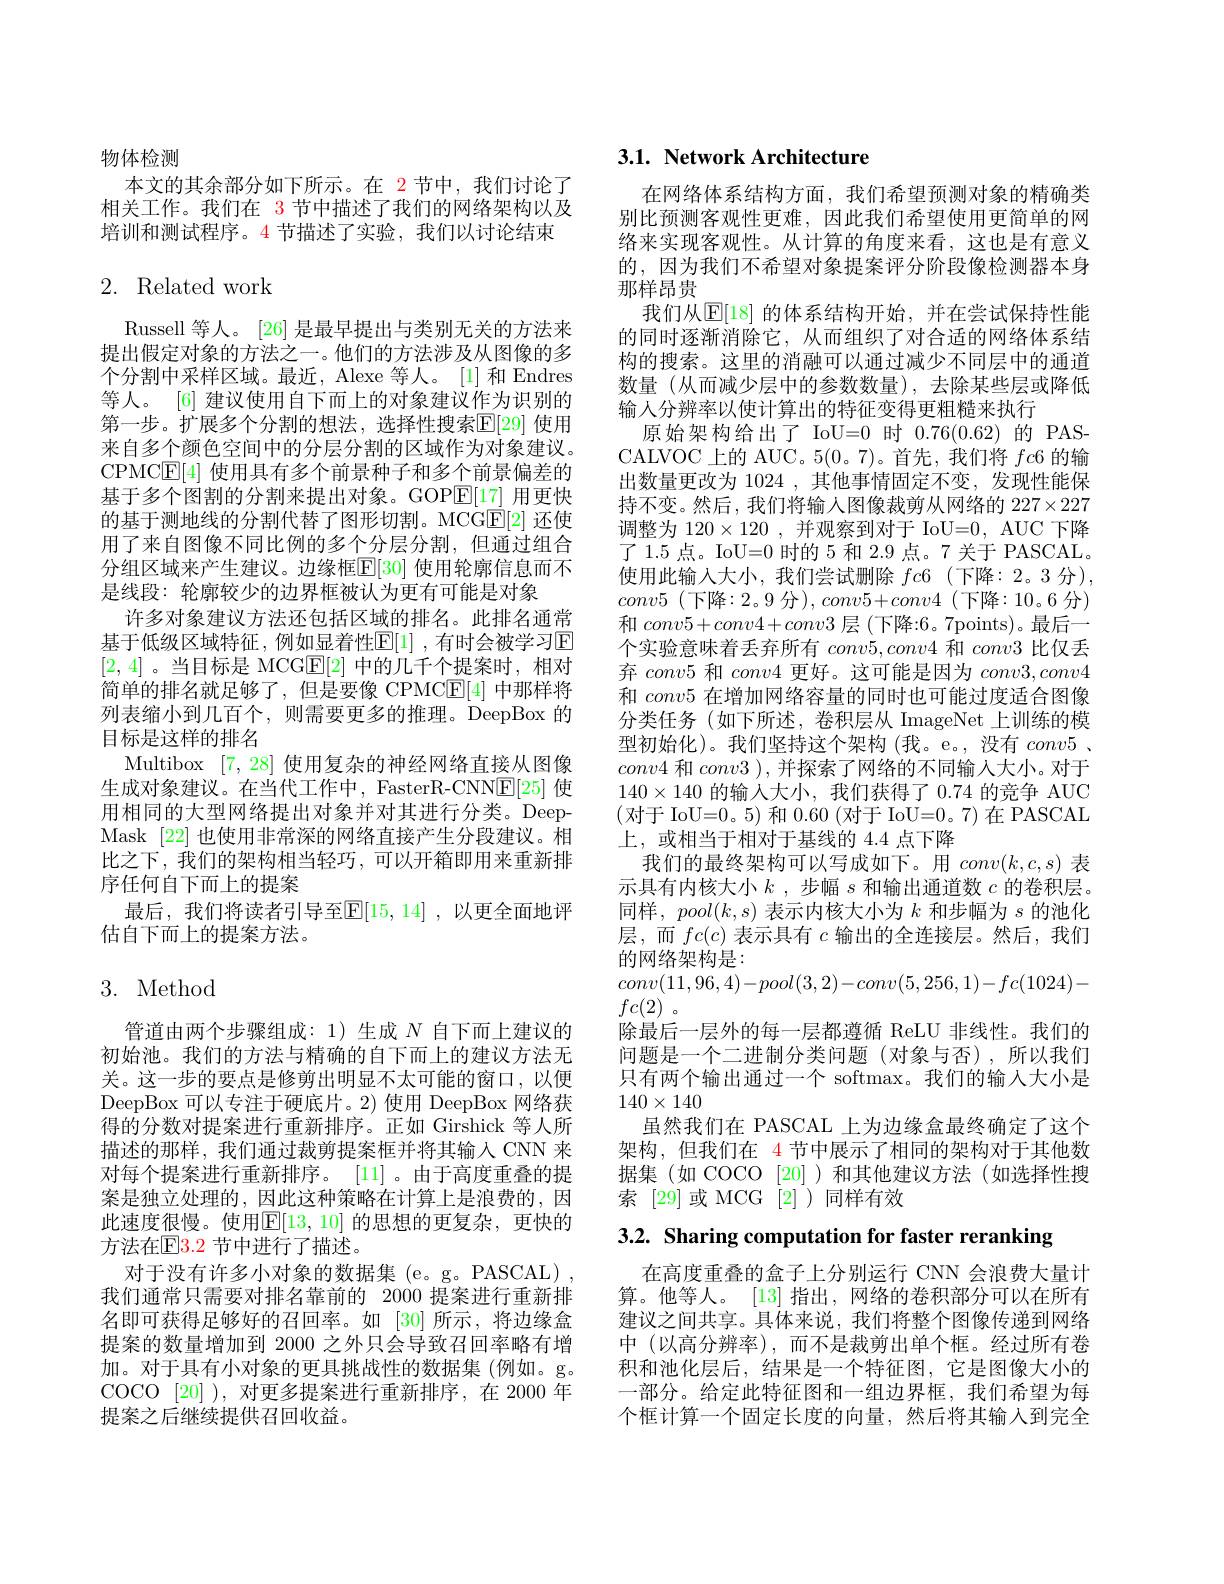
物体检测
本文的其余部分如下所示。在 2节中，我们讨论了相关工作。我们在 3节中描述了我们的网络架构以及培训和测试程序。4 节描述了实验，我们以讨论结束

# 2. Related work

Russell 等人。[26]是最早提出与类别无关的方法来提出假定对象的方法之一。他们的方法涉及从图像的多个分割中采样区域。最近，Alexe 等人。[1]和 Endres 等人。[6] 建议使用自下而上的对象建议作为识别的第一步。扩展多个分割的想法，选择性搜索$\mathbb{E}[29]$ 使用来自多个颜色空间中的分层分割的区域作为对象建议。CPMCE[4] 使用具有多个前景种子和多个前景偏差的基于多个图割的分割来提出对象。GOP$\mathbb{E}[17]$用更快的基于测地线的分割代替了图形切割。MCG$\overline{\mathrm{E}}[2]$还使用了来自图像不同比例的多个分层分割，但通过组合分组区域来产生建议。边缘框$\mathbb{E}[30]$ 使用轮廓信息而不是线段：轮廓较少的边界框被认为更有可能是对象
许多对象建议方法还包括区域的排名。此排名通常基于低级区域特征，例如显着性$\mathbb{E}[1]$ ,有时会被学习$\mathbb{E}$ [2,4] 。当目标是 MCG$\mathbb{E}[2]$中的几千个提案时，相对简单的排名就足够了，但是要像 CPMC$\mathbb{E}[4]$中那样将列表缩小到几百个，则需要更多的推理。DeepBox 的目标是这样的排名
Multibox [7,28]使用复杂的神经网络直接从图像生成对象建议。在当代工作中，FasterR-CNNE[25] 使用相同的大型网络提出对象并对其进行分类。DeepMask [22]也使用非常深的网络直接产生分段建议。相比之下，我们的架构相当轻巧，可以开箱即用来重新排序任何自下而上的提案
最后，我们将读者引导至$\mathbb{E}[15,14]$ ,以更全面地评
估自下而上的提案方法。

# 3. Method

管道由两个步骤组成：1)生成$N$自下而上建议的初始池。我们的方法与精确的自下而上的建议方法无关。这一步的要点是修剪出明显不太可能的窗口，以便DeepBox 可以专注于硬底片。2) 使用 DeepBox 网络获得的分数对提案进行重新排序。正如 Girshick 等人所描述的那样，我们通过裁剪提案框并将其输入 CNN 来对每个提案进行重新排序。[11]。由于高度重叠的提案是独立处理的，因此这种策略在计算上是浪费的，因此速度很慢。使用$\overline{\mathbb{E}}[13,10]$ 的思想的更复杂，更快的方法在$\mathbb{E}3.2$ 节中进行了描述。
对于没有许多小对象的数据集 (e。g。PASCAL) , 我们通常只需要对排名靠前的 2000 提案进行重新排名即可获得足够好的召回率。如[30]所示，将边缘盒提案的数量增加到 2000 之外只会导致召回率略有增加。对于具有小对象的更具挑战性的数据集 (例如。g。COCO [20] ), 对更多提案进行重新排序，在 2000 年提案之后继续提供召回收益。

# 3.1. Network Architecture

在网络体系结构方面，我们希望预测对象的精确类别比预测客观性更难，因此我们希望使用更简单的网络来实现客观性。从计算的角度来看，这也是有意义的，因为我们不希望对象提案评分阶段像检测器本身那样昂贵
我们从$\mathbb{E}[18]$ 的体系结构开始，并在尝试保持性能的同时逐渐消除它，从而组织了对合适的网络体系结构的搜索。这里的消融可以通过减少不同层中的通道数量 (从而减少层中的参数数量),去除某些层或降低输入分辨率以使计算出的特征变得更粗糙来执行
原始架构给出了 IoU=0 时0.76(0.62)的 PASCALVOC 上的 AUC。5(0。7)。首先，我们将$fc$6 的输出数量更改为 1024 ,其他事情固定不变，发现性能保持不变。然后，我们将输人图像裁剪从网络的$227\times227$ 调整为$120\times120$ ,并观察到对于 IoU=0, AUC 下降了1.5 点。IoU=0 时的 5 和 2.9 点。7 关于 PASCAL。使用此输入大小，我们尝试删除 $fc6$ (下降：2。3 分), $conv5$ (下降：2。9 分$) , conv5+ conv4$ (下降：10。6 分) 和$conv5+conv4+conv3$层 (下降：6。7points)。最后一个实验意味着丢弃所有$conv5,conv4$和$conv3$比仅丢弃conv5 和conv4 更好。这可能是因为$conv3,conv4$ 和$conv5$在增加网络容量的同时也可能过度适合图像分类任务(如下所述，卷积层从 ImageNet 上训练的模型初始化)。我们坚持这个架构(我。e。,没有$conv5$、 $conv4$和$conv3$ ), 并探索了网络的不同输入大小。对于$140\times140$的输入大小，我们获得了0.74的竞争 AUC (对于 IoU=0。5) 和 0.60 (对于 IoU=0。7) 在 PASCAL 上，或相当于相对于基线的 4.4 点下降
我们的最终架构可以写成如下。用$conv(k,c,s)$表示具有内核大小$k$ ,步幅$s$和输出通道数$c$的卷积层。同样，$pool(k,s)$表示内核大小为$k$和步幅为$s$的池化层，而$fc(c)$表示具有$c$输出的全连接层。然后，我们的网络架构是：
$conv(11,96,4)-pool(3,2)-conv(5,256,1)-fc(1024)-$
$fc( 2)$ 。
除最后一层外的每一层都遵循 ReLU 非线性。我们的问题是一个二进制分类问题(对象与否),所以我们只有两个输出通过一个 softmax。我们的输入大小是$140\times140$
虽然我们在 PASCAL 上为边缘盒最终确定了这个架构，但我们在 4 节中展示了相同的架构对于其他数据集(如 COCO [20])和其他建议方法(如选择性搜索 [29]或 MCG [2])同样有效

3.2. Sharing computation for faster reranking

在高度重叠的盒子上分别运行 CNN 会浪费大量计算。他等人。[13] 指出，网络的卷积部分可以在所有建议之间共享。具体来说，我们将整个图像传递到网络中 (以高分辨率),而不是裁剪出单个框。经过所有卷积和池化层后，结果是一个特征图，它是图像大小的一部分。给定此特征图和一组边界框，我们希望为每个框计算一个固定长度的向量，然后将其输入到完全